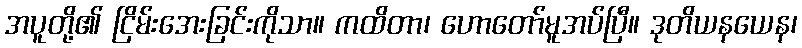
အပူတို့၏ ငြိမ်းအေးခြင်းကိုသာ။ ကထိတာ၊ ဟောတော်မူအပ်ပြီ။ ဒုတိယနယေန၊